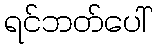
ရင်ဘတ်ပေါ်